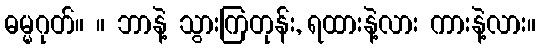
ဓမ္မဂုတ်။ ။ ဘာနဲ့ သွားကြတုန်း, ရထားနဲ့လား ကားနဲ့လား။